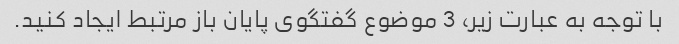
با توجه به عبارت زیر، 3 موضوع گفتگوی پایان باز مرتبط ایجاد کنید.